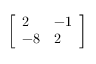
\left[ { \begin{array} { l l } { 2 } & { - 1 } \\ { - 8 } & { 2 } \end{array} } \right]